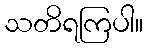
သတိရကြပါ။